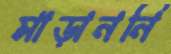
মাড়াননি